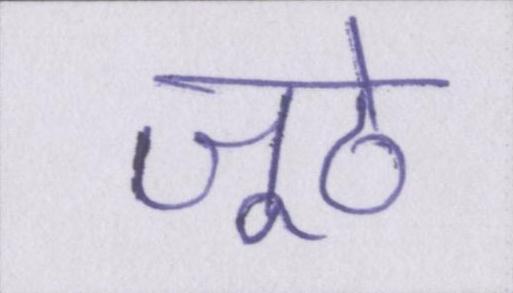
जूठे